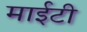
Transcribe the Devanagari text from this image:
माईटी